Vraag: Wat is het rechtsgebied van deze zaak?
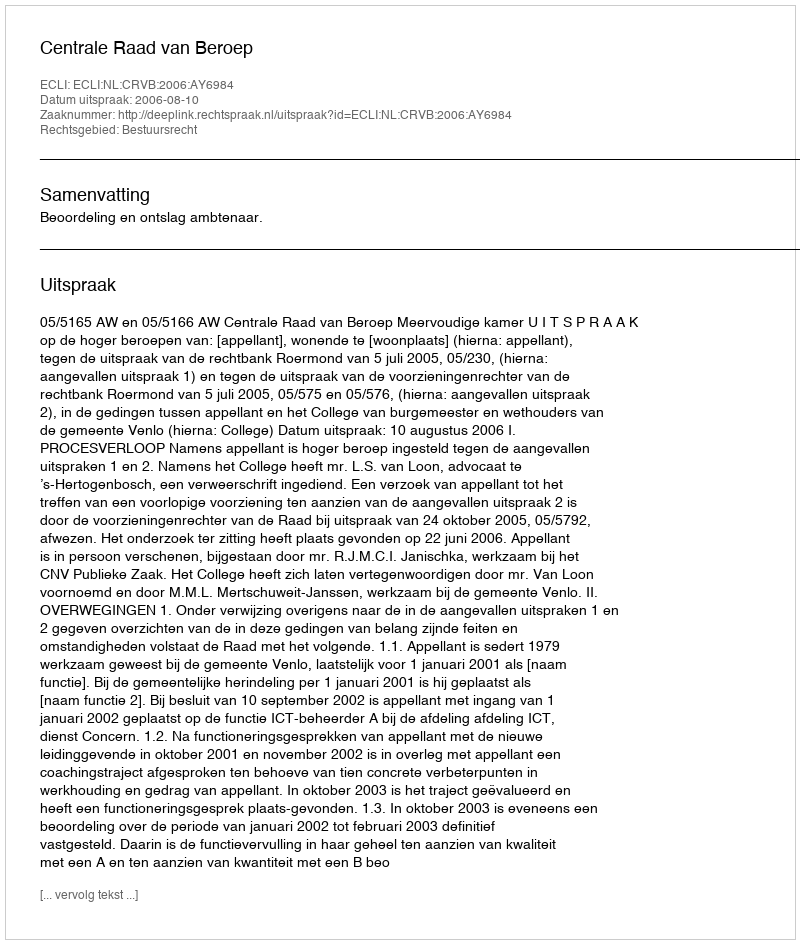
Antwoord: Bestuursrecht